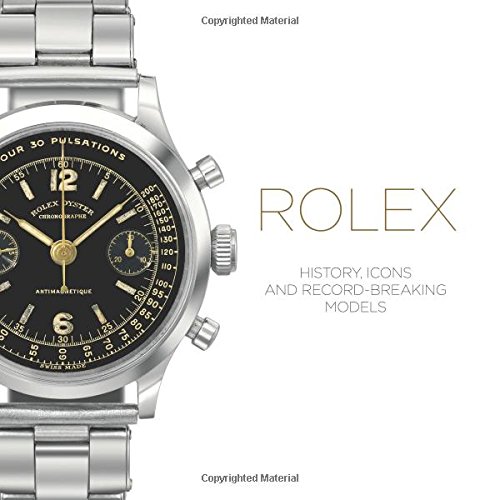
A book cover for Rolex: History, Icons and Record-Breaking Models; Mara Cappelletti; Crafts, Hobbies & Home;